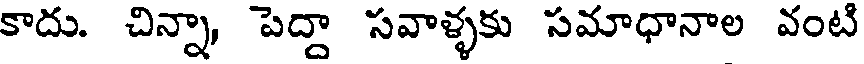
కాదు. చిన్నా, పెద్దా సవాళ్ళకు సమాధానాల వంటి